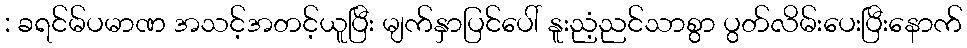
: ခရင်မ်ပမာဏ အသင့်အတင့်ယူပြီး မျက်နှာပြင်ပေါ် နူးညံ့ညင်သာစွာ ပွတ်လိမ်းပေးပြီးနောက်